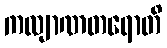
ကလျာဏတရောတိ